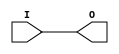
module BUFH (
	output O,
	input I
);
	buf b(O, I);
endmodule